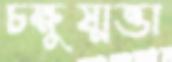
চক্ষুষ্মত্তা